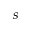
\displaystyle s